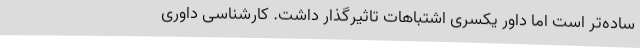
ساده‌تر است اما داور یکسری اشتباهات تاثیرگذار داشت. کارشناسی داوری